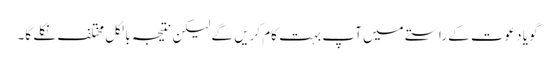
گویا دعوت کے راستے میں آپ بہت کام کریں گے لیکن نتیجہ بالکل مختلف نکلے گا۔